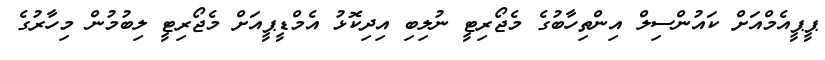
ޕީޕީއެމްއަށް ކައުންސިލް އިންތިހާބުގެ މެޖޯރިޓީ ނުލިބި އިދިކޮޅު އެމްޑީޕީއަށް މެޖޯރިޓީ ލިބުމުން މިހާރުގެ